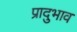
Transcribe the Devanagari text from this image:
प्रादुभाव